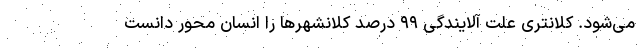
می‌شود. کلانتری علت آلایندگی ۹۹ درصد کلانشهرها را انسان محور دانست